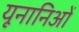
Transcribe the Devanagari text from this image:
यूनानिओं